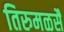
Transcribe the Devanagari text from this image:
तिरुमळसै